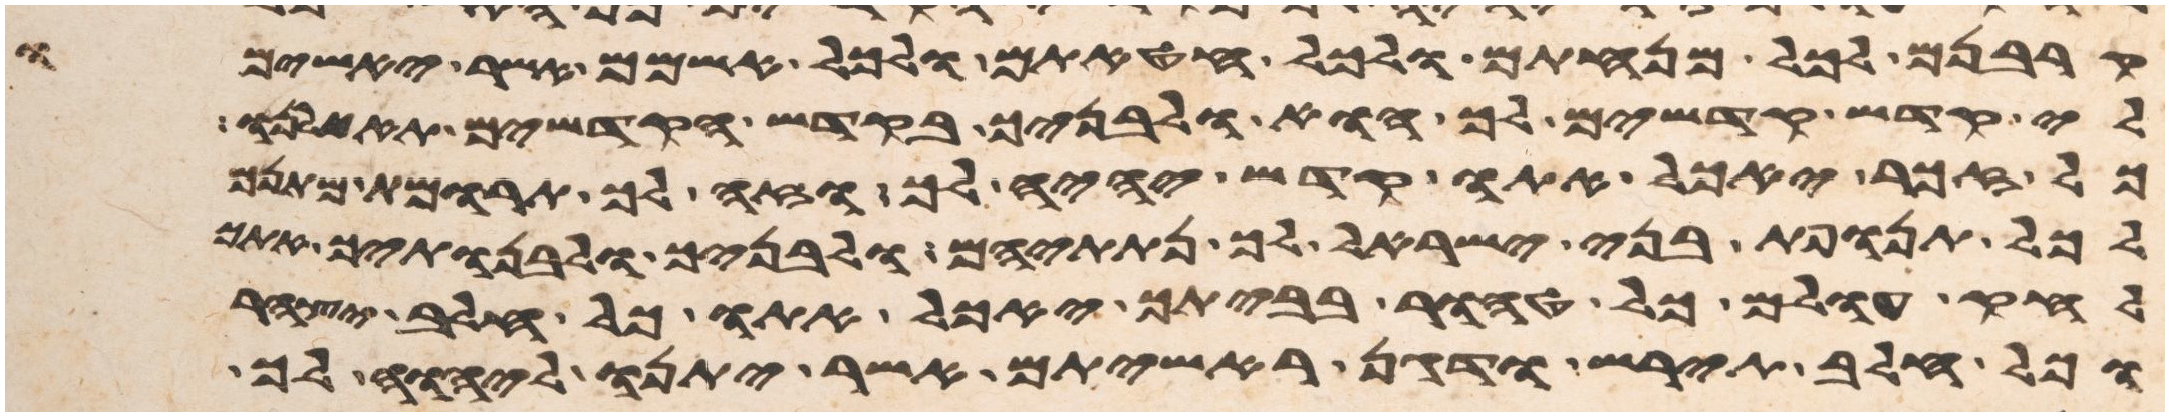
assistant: קרבנם לכל מנחתם ולכל חטאתם ולכל אשמם אשר יאשמו
לי קדש קדשים לך הוא ולבניך בקדש הקדשים
כל זכר יאכל אתו קדש יהיה לך וזה לך תרומת
לכל תנופת בני ישראל לך נתתים ולבניך ולבנתיך אתך
לחק עולם כל טהור בביתך יאכל אתו כל חלב יצהר
וכל חלב תירש ודגן ראשיתם אשר יתנו ליהוה לך